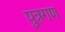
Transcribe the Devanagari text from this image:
पुत्रगण